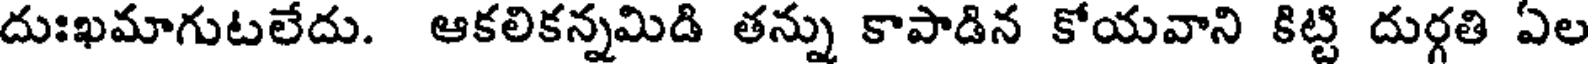
దుఃఖమాగుటలేదు. ఆకలికన్నమిడి తన్ను కాపాడిన కోయవాని కిట్టి దుర్గతి ఏల